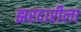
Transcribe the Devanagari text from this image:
झरदारीला